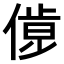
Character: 𠌹